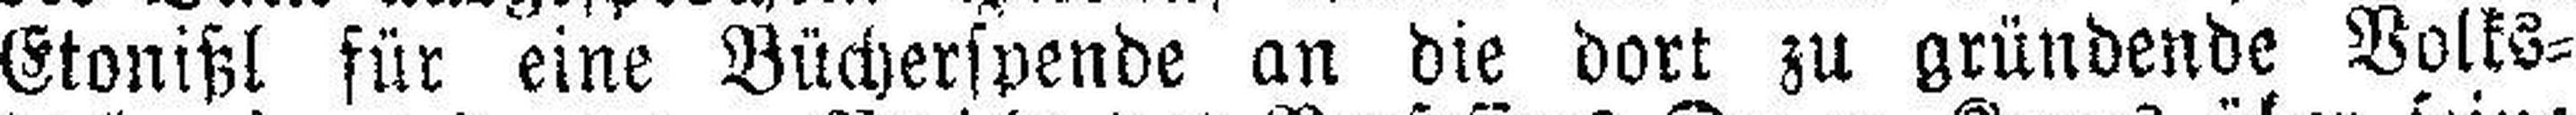
Etonißl für eine Bücherspende an die dort zu gründende Volks¬